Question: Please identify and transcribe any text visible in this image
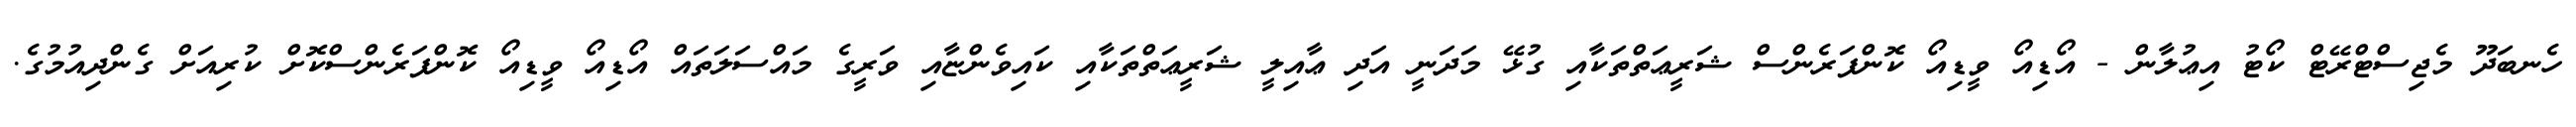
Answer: ހެނބަދޫ މެޖިސްޓްރޭޓް ކޯޓު އިޢުލާން - އޯޑިއޯ ވީޑިއޯ ކޮންފަރެންސް ޝަރީޢަތްތަކާއި ގުޅޭ މަދަނީ އަދި ޢާއިލީ ޝަރީޢަތްތަކާއި ކައިވެންޏާއި ވަރީގެ މައްސަލަތައް އޯޑިއޯ ވީޑިއޯ ކޮންފަރެންސްކޮށް ކުރިއަށް ގެންދިއުމުގެ.